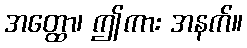
အတ္ထော၊ ဤကား အနက်။